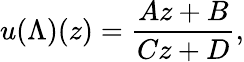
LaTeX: u(\Lambda)(z)={\frac{Az+B}{Cz+D}},